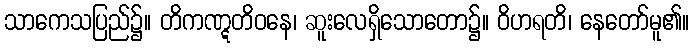
သာကေသပြည်၌။ တိကဏ္ဋတိဝနေ၊ ဆူးလေရှိသောတော၌။ ဝိဟရတိ၊ နေတော်မူ၏။